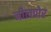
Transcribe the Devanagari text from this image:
नीलपोर